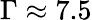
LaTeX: \Gamma\approx 7.5